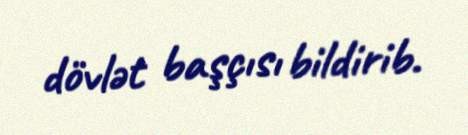
dövlət başçısı bildirib.